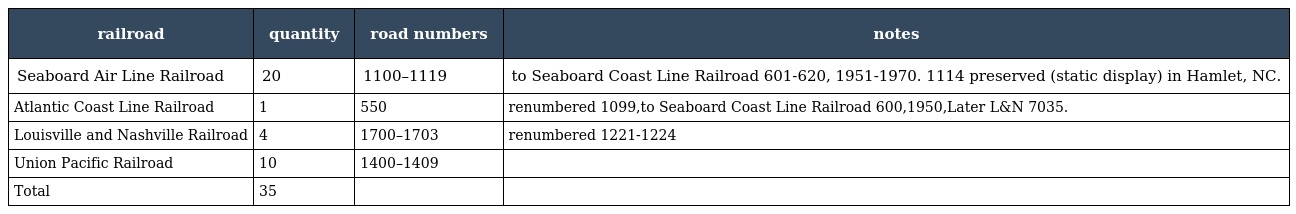
| railroad | quantity | road numbers | notes |
 | --- | --- | --- | --- |
 | Seaboard Air Line Railroad | 20 | 1100–1119 | to Seaboard Coast Line Railroad 601-620, 1951-1970. 1114 preserved (static display) in Hamlet, NC. |
 | Atlantic Coast Line Railroad | 1 | 550 | renumbered 1099,to Seaboard Coast Line Railroad 600,1950,Later L&N 7035. |
 | Louisville and Nashville Railroad | 4 | 1700–1703 | renumbered 1221-1224 |
 | Union Pacific Railroad | 10 | 1400–1409 |  |
 | Total | 35 |  |  |